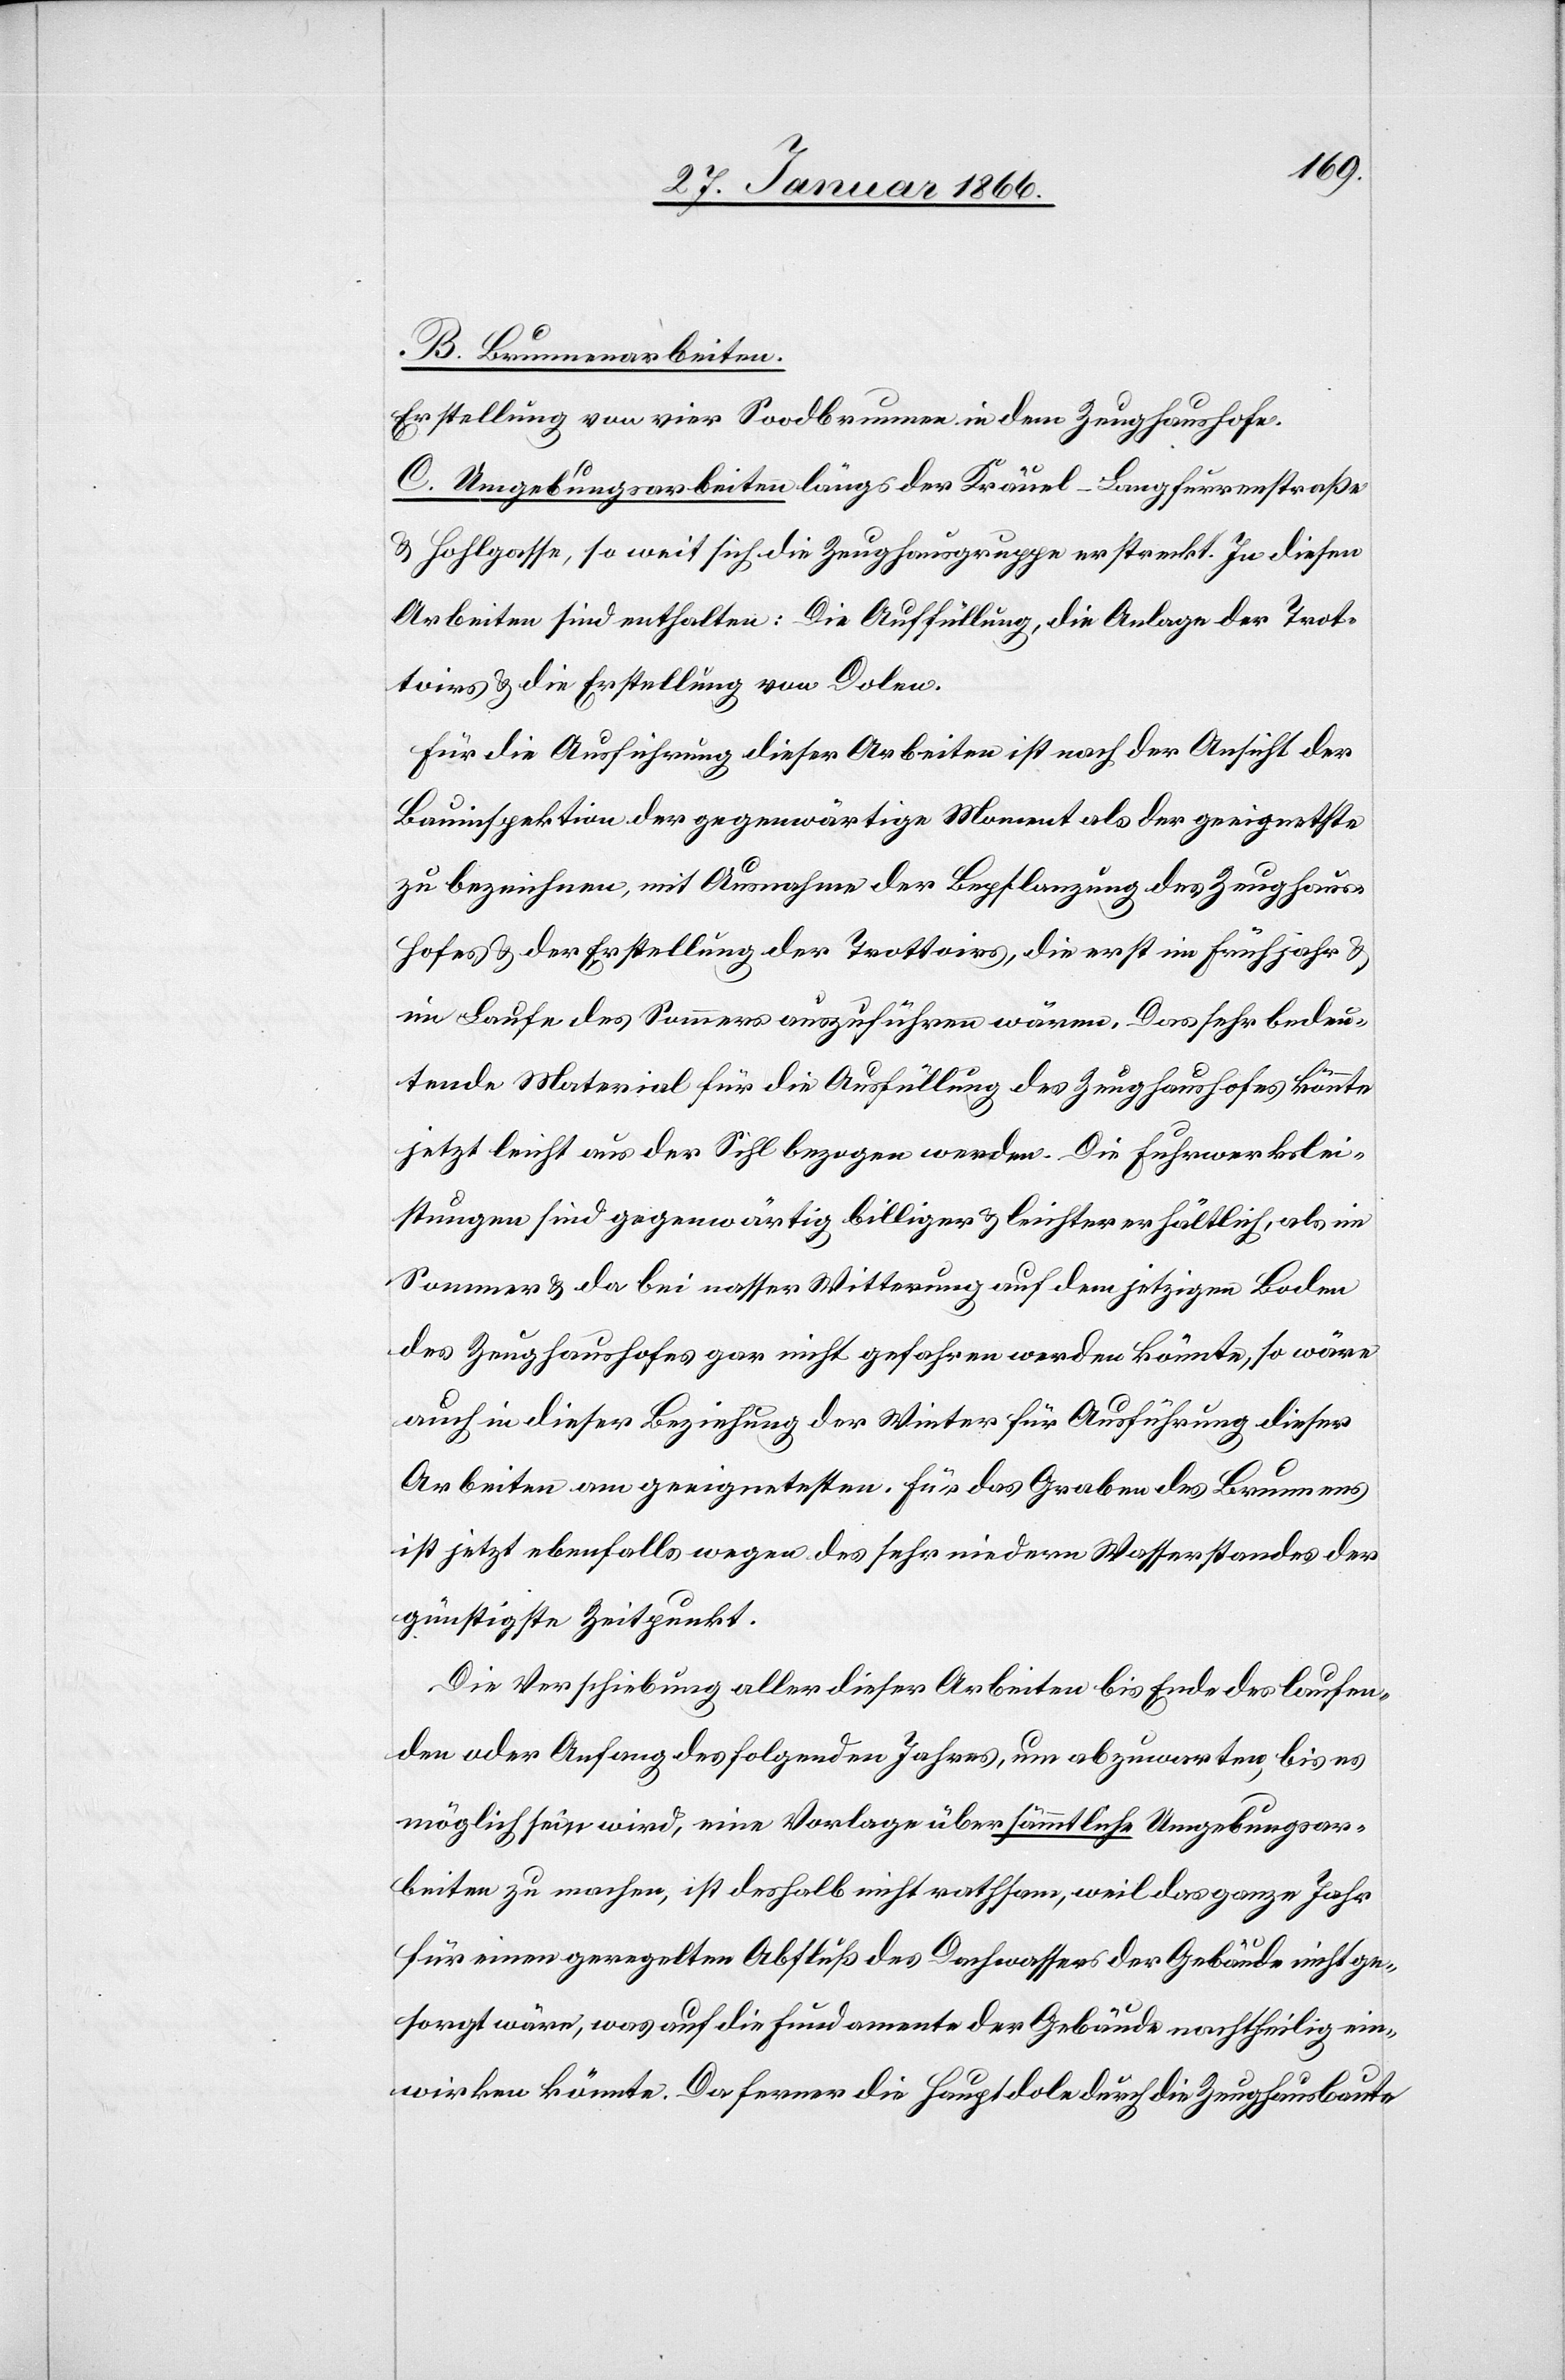
B. Brunnenarbeiten.
Erstellung von vor Soodbrunnen in dem Zeughaushofe.
C. Umgebungsarbeiten längs der Kräuel-Langfurrenstraße
u. Hohlgasse, so weit sich die Zeughausgruppe erstreckt. In diesen
Arbeiten sind enthalten: Die Auffüllung, die Anlage der Trot¬
toirs u. die Erstellung von Dolen.
Für die Ausführung dieser Arbeiten ist nach der Ansicht der
Bauinspektion der gegenwärtige Moment als der geeignetste
zu bezeichnen, mit Ausnahme der Bepflanzung des Zeughaus¬
hofes u. der Erstellung der Trottoirs, die erst im Frühjahr u.
im Laufe des Sommers auszuführen wären. Das sehr bedeu¬
tende Material für die Ausfüllung des Zeughaushofes könnte
jetzt leicht aus der Sihl bezogen werden. Die Fuhrwerkslei¬
stungen sind gegenwärtig billiger u. leichter erhältlich, als im
Sommer u. da bei nasser Witterung auf dem jetzigen Boden
des Zeughaushofes gar nicht gefahren werden könnte, so wäre
auch in dieser Beziehung der Winter für Ausführung dieser
Arbeiten am geeignetsten. Für das Graben des Brunnens
ist jetzt ebenfalls wegen des sehr niedern Wasserstandes der
günstigste Zeitpunkt.
Die Verschiebung aller dieser Arbeiten bis Ende des laufen¬
den oder Anfang des folgenden Jahres, um abzuwarten, bis es
möglich sein wird, eine Vorlage über sämmtliche Umgebungsar¬
beiten zu machen, ist deshalb nicht rathsam, weil das ganze Jahr
für einen geregelten Abfluß des Dachwassers der Gebäude nicht ge¬
sorgt wäre, was auf die Fundamente der Gebäude nachtheilig ein¬
wirken könnte. Da ferner die Hauptdole durch Zeughausbaute